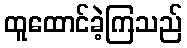
ထူထောင်ခဲ့ကြသည်